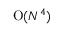
\mathrm { O } ( N ^ { 4 } )